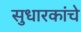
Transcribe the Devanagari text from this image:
सुधारकांचे